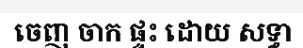
ចេញ ចាក ផ្ទះ ដោយ សទ្ធា